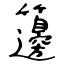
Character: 籩